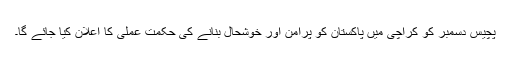
پچیس دسمبر کو کراچی میں پاکستان کو پرامن اور خوشحال بنانے کی حکمت عملی کا اعلان کیا جائے گا۔